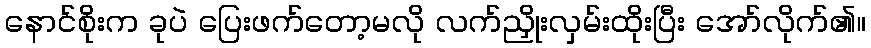
နောင်စိုးက ခုပဲ ပြေးဖက်တော့မလို လက်ညှိုးလှမ်းထိုးပြီး အော်လိုက်၏။